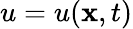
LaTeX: u=u(\mathbf{x},t)